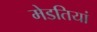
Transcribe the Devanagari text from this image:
मेडतियां